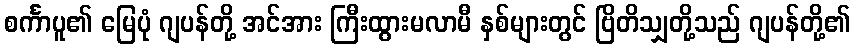
စင်္ကာပူ၏ မြေပုံ ဂျပန်တို့ အင်အား ကြီးထွားမလာမီ နှစ်များတွင် ဗြိတိသျှတို့သည် ဂျပန်တို့၏